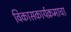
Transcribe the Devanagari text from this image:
विकासकार्यक्रमाचा